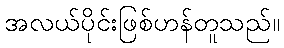
အလယ်ပိုင်းဖြစ်ဟန်တူသည်။